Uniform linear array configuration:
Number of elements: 16
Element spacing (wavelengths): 1
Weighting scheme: exponential
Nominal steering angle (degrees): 0
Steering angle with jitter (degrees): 0.3259
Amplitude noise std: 0.05
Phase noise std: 0.05

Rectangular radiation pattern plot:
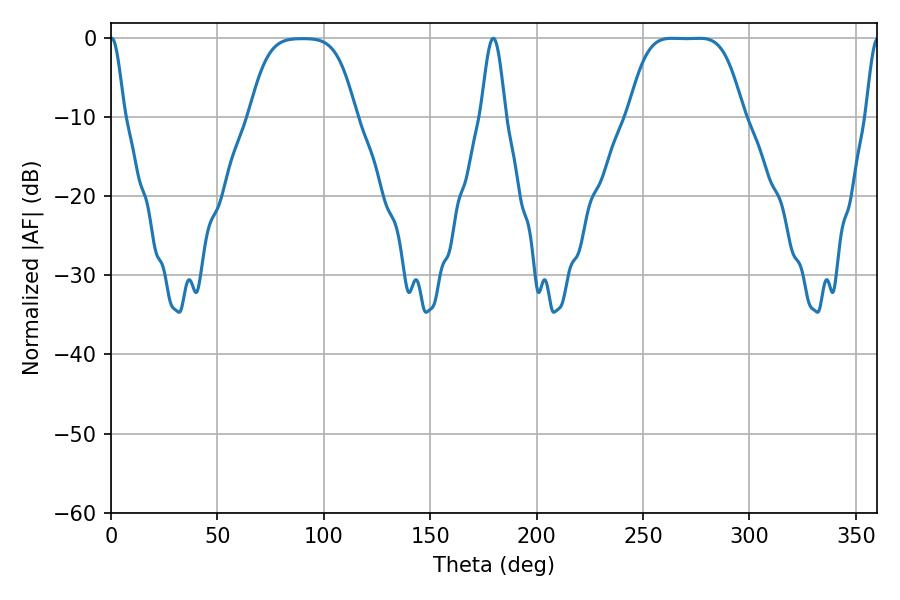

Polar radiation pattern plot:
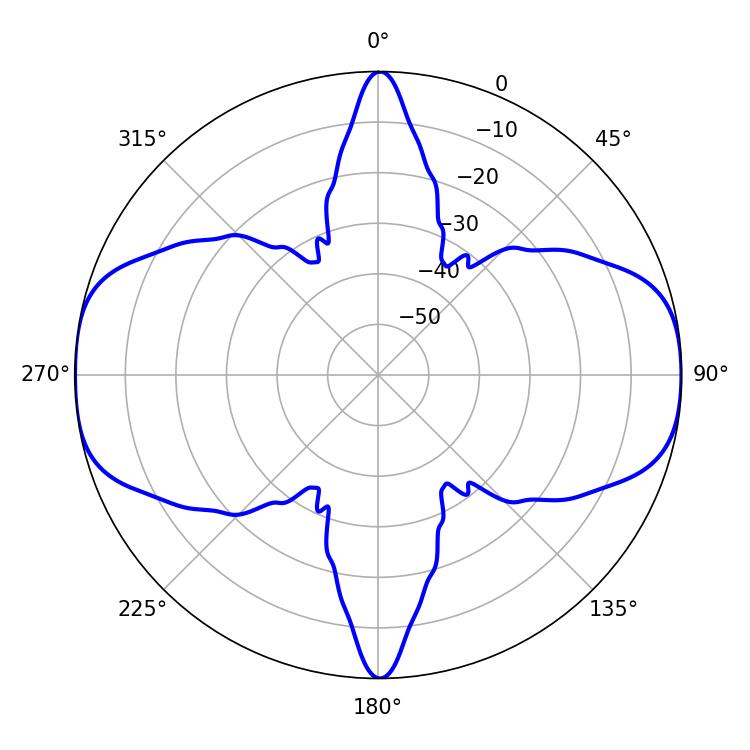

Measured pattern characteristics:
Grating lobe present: TRUE
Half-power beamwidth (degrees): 3.42
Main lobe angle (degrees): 0.36